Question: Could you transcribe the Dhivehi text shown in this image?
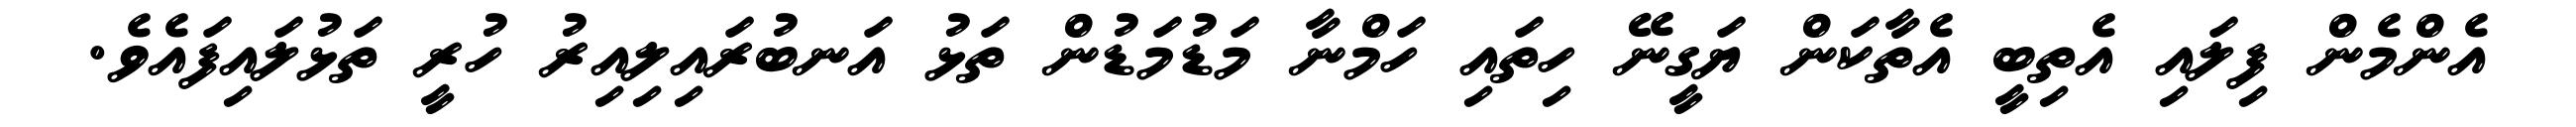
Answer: އެންމެން ފިލައި އެތިބީ އެތާކަން ޔަގީނޭ ހިތައި ހަމްނާ މަޑުމަޑުން ތަޅު އަނބުރައިލިއިރު ހުރީ ތަޅުލައިފައެވެ.